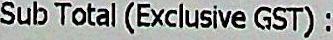
SUB TATAL (EXCLUSIVE GST) :